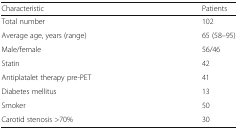
| Characteristic | Patients |
 | --- | --- |
 | Total number | 102 |
 | Average age, years (range) | 65 (58–95) |
 | Male/female | 56/46 |
 | Statin | 42 |
 | Antiplatalet therapy pre-PET | 41 |
 | Diabetes mellitus | 13 |
 | Smoker | 50 |
 | Carotid stenosis >70% | 30 |